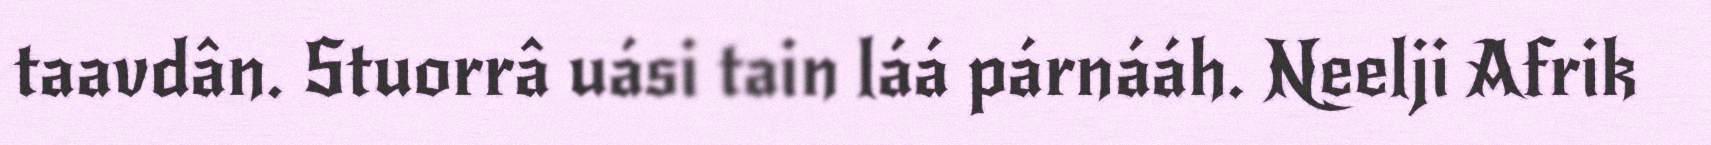
taavdân. Stuorrâ uási tain láá párnááh. Neelji Afrik